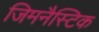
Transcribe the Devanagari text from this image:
जिमनैस्टिक